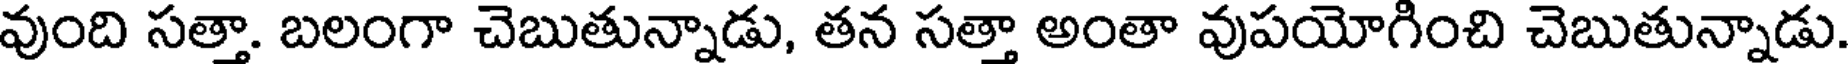
వుంది సత్తా. బలంగా చెబుతున్నాడు, తన సత్తా అంతా వుపయోగించి చెబుతున్నాడు.